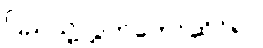
ပြည်သူ့လွှတ်တော်ဆိုင်ရာ